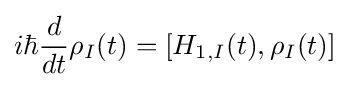
i\hbar {\frac {d}{dt}}\rho _{I}(t)=\left[H_{1,I}(t),\rho _{I}(t)\right]